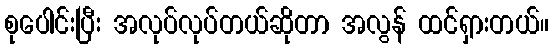
စုပေါင်းပြီး အလုပ်လုပ်တယ်ဆိုတာ အလွန် ထင်ရှားတယ်။